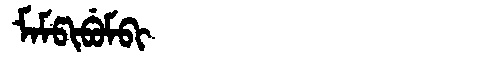
Manchu: ᠮᠠᠮᡦᡳᠪᡠᠮᠪᡳ
Romanization: MAMPIBUMBI